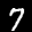
Label: 7